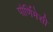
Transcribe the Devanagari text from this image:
पौर्णिमेसी